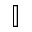
\mathbb { I }